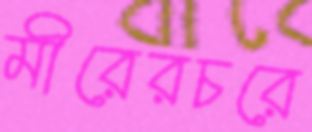
মীরেরচরে